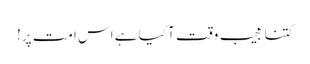
کتنا عجیب وقت آ کیا ہے اس امت پر!